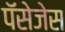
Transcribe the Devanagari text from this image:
पॅसेजेस